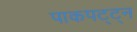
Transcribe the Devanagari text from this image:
पाकपट्ट्न